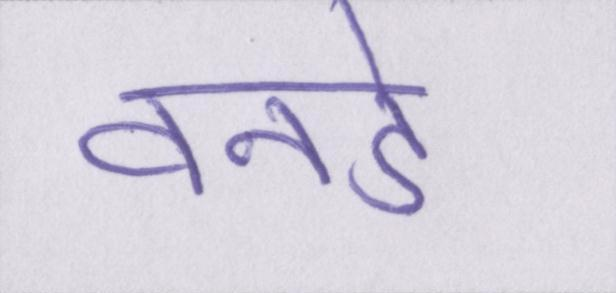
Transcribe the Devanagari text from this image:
वनडे